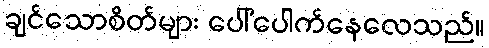
ချင်သောစိတ်များ ပေါ်ပေါက်နေလေသည်။